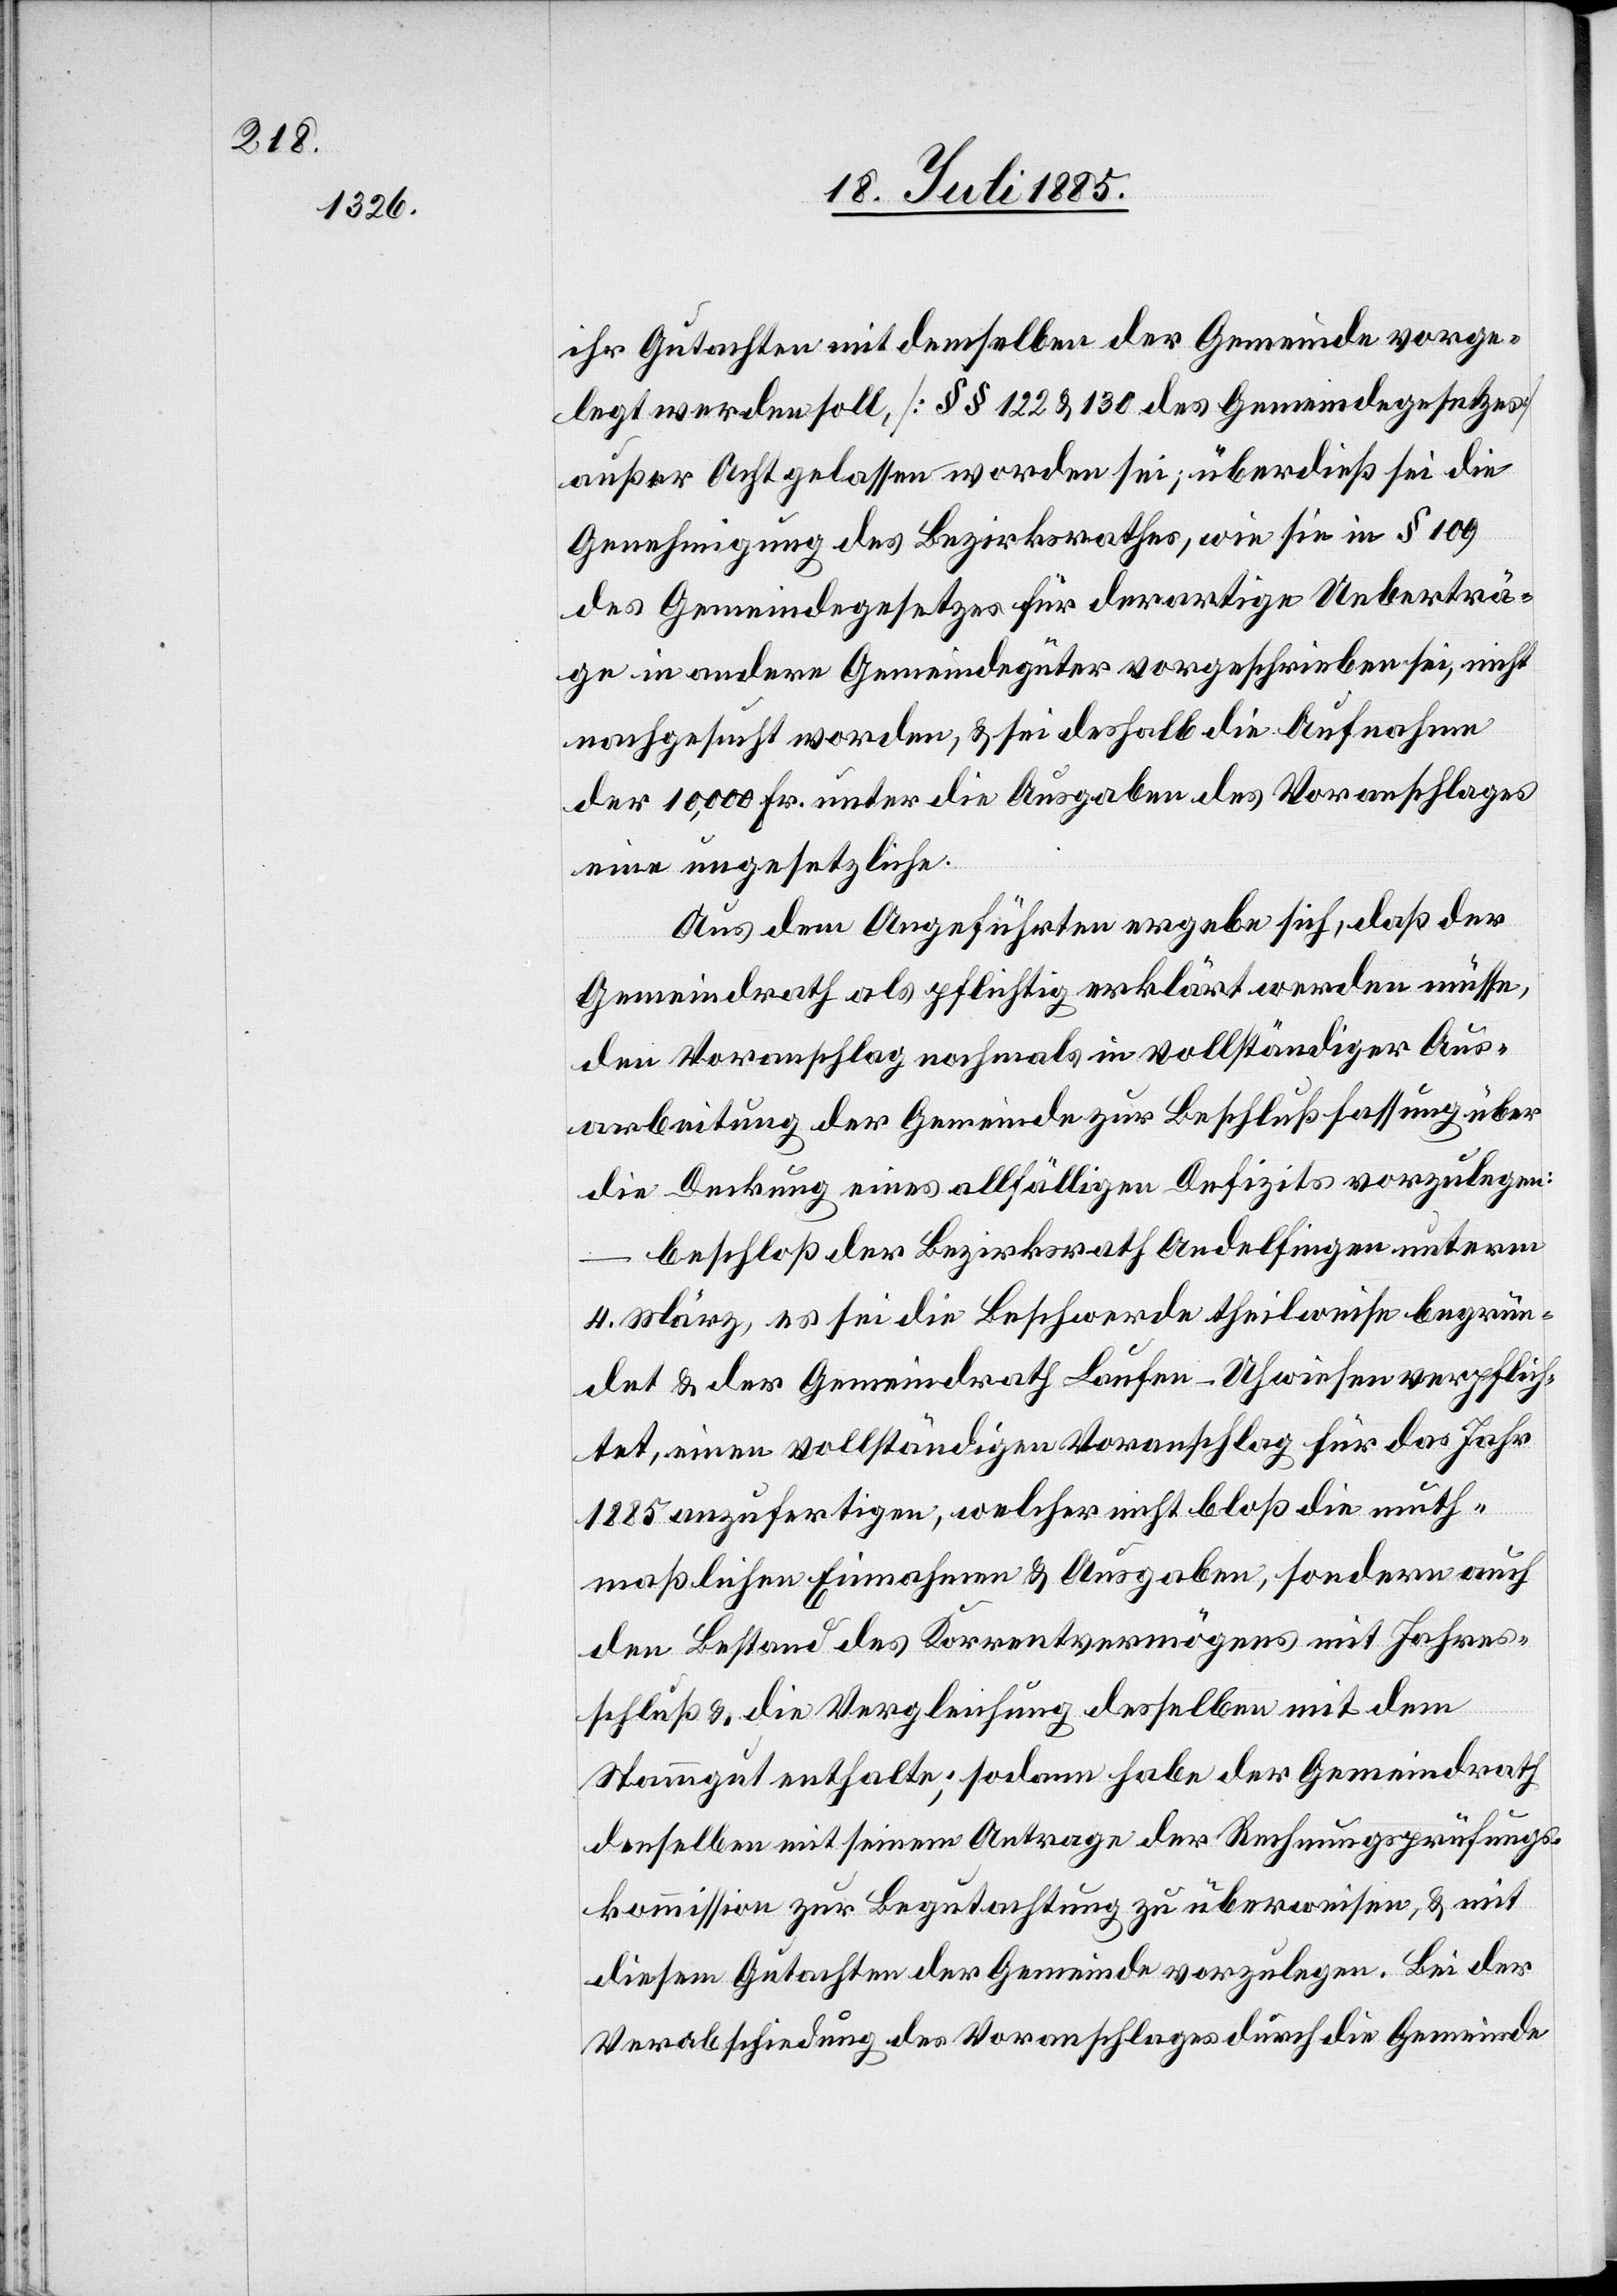
ihr Gutachten mit demselben der Gemeinde vorge¬
legt werden soll, [§§ 122 & 130 des Gemeindegesetzes]
außer Acht gelassen worden sei; überdieß sei die
Genehmigung des Bezirksrathes, wie sie in § 109
des Gemeindegesetzes für derartige Ueberträ¬
ge in andere Gemeindegüter vorgeschrieben sei, nicht
nachgesucht worden, & sei deshalb die Aufnahme
der 10,000 Fr. unter die Ausgaben des Voranschlages
eine ungesetzliche.
Aus dem Angeführten ergebe sich, daß der
Gemeindrath als pflichtig erklärt werden müsse,
den Voranschlag nochmals in vollständiger Aus¬
arbeitung der Gemeinde zur Beschlußfassung über
die Deckung eines allfälligen Defizites vorzulegen
beschloß der Bezirksrath Andelfingen unterm
4. März, es sei die Beschwerde theilweise begrün¬
det & der Gemeindrath Laufen-Uhwiesen verpflich¬
tet, einen vollständigen Voranschlag für das Jahr
1885 anzufertigen, welcher nicht bloß die muth¬
maßlichen Einnahmen & Ausgaben, sondern auch
den Bestand des Korrentvermögens mit Jahres¬
schluß & die Vergleichung desselben mit dem
Stammgut enthalte; sodann habe der Gemeindrath
denselben mit seinem Antrage der Rechnungsprüfungs¬
kommission zur Begutachtung zu überweisen, & mit
diesem Gutachten der Gemeinde vorzulegen. Bei der
Verabschiedung des Voranschlages durch die Gemeinde